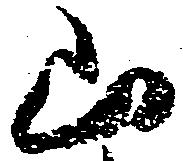
山